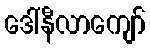
ဒေါ်နီလာကျော်